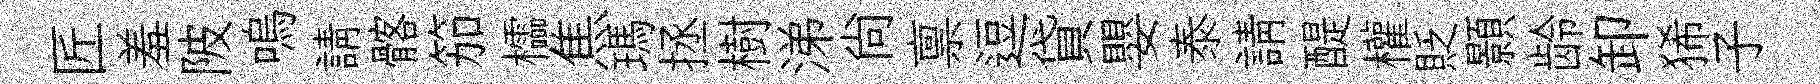
匠羞陂嗚請髂笳櫺焦瑪拯樹涕尙禀逗貸嬰泰請醍權貶顥龄卸狶子